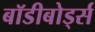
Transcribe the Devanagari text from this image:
बॉडीबोर्ड्स